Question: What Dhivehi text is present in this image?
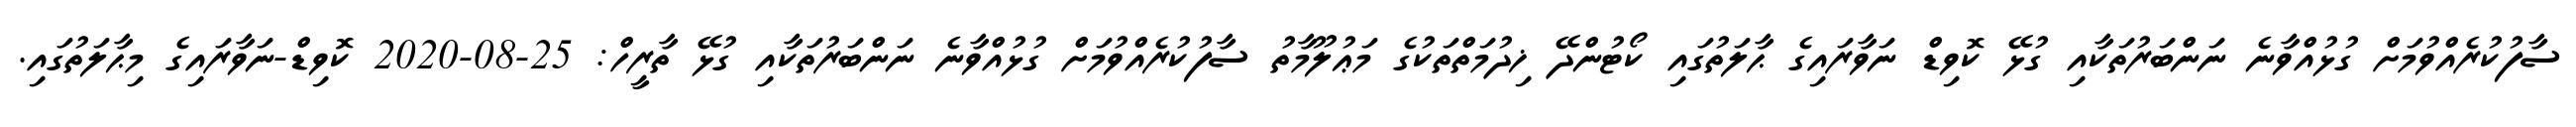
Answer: ސާފުކުރެއްވުމަށް ގުޅުއްވާނެ ނަންބަރުތަކާއި ގުޅޭ ކޮވިޑް ނަވާރައިގެ ޙާލަތުގައި ކޯޓުންދޭ ޚިދުމަތްތަކުގެ މަޢުލޫމާތު ސާފުކުރެއްވުމަށް ގުޅުއްވާނެ ނަންބަރުތަކާއި ގުޅޭ ތާރީހް: 25-08-2020 ކޮވިޑް-ނަވާރައިގެ މިޙާލަތުގައި.